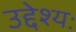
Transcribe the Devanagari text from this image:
उद्देश्यः